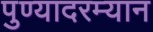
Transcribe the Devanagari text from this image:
पुण्यादरम्यान